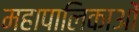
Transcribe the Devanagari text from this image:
महापालिकाओं